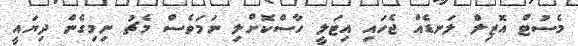
މެސުޓް އޮޒިލް ލަނޑެއް ޖެހައި އިޓަލީ ހާސްކޮށްލި ނަމަވެސް މެޗު ނިމިގެން ދިޔައީ